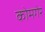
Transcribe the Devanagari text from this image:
कोमगेर